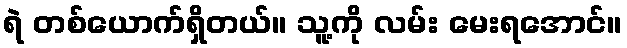
ရဲ တစ်ယောက်ရှိတယ်။ သူ့ကို လမ်း မေးရအောင်။